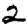
Digit: 2